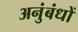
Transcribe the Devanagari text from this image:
अनुंबंधों